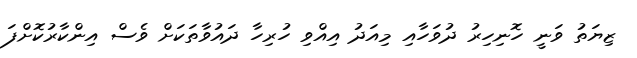
ޒިޔަތު ވަނީ ހޮނިހިރު ދުވަހާއި މިއަދު އިއްވި ހުރިހާ ދައުވާތަކަށް ވެސް އިންކާރުކޮށްފަ